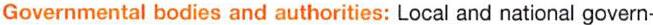
Governmental bodies and authorities: Local and national govern-